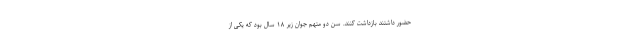
حضور داشتند بازداشت کنند. سن دو متهم جوان زیر ۱۸ سال بود که یکی از